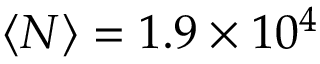
\langle N \rangle = 1 . 9 \times 1 0 ^ { 4 }